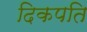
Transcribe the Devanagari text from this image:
दिकपति